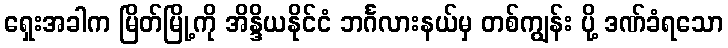
ရှေးအခါက မြိတ်မြို့ကို အိန္ဒိယနိုင်ငံ ဘင်္ဂလားနယ်မှ တစ်ကျွန်း ပို့ ဒဏ်ခံရသော